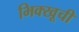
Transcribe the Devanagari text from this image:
भिक्खूची